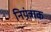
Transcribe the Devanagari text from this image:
नियंत्राक